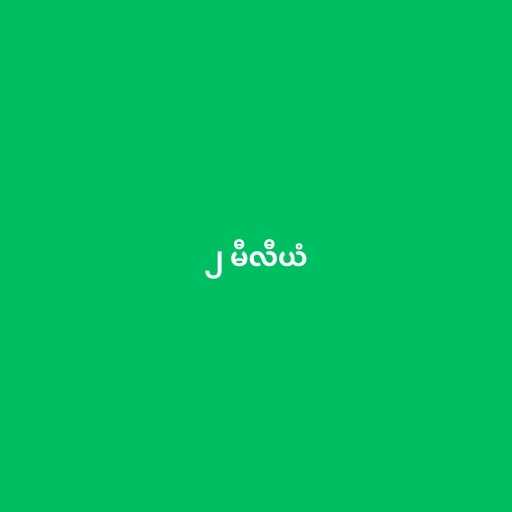
၂ မီလီယံ